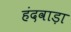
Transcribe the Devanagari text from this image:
हंदवाड़ा